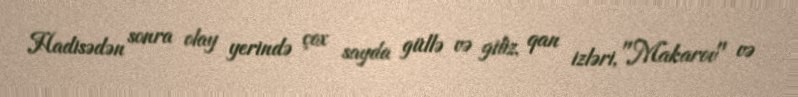
Hadisədən sonra olay yerində çox sayda güllə və giliz, qan izləri, "Makarov" və